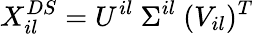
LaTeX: X_{il}^{DS}={U}^{il}\ \Sigma^{il}\ (V_{il})^{T}